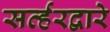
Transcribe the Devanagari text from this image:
सर्व्हरद्वारे